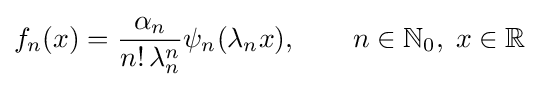
f_{n}(x)={\frac {\alpha _{n}}{n!\,\lambda _{n}^{n}}}\psi _{n}(\lambda _{n}x),\qquad n\in \mathbb {N} _{0},\;x\in \mathbb {R}